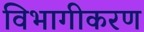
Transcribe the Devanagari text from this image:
विभागीकरण